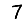
Digit: 7